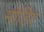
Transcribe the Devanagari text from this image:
मोड़िए